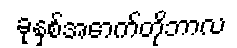
ခုနှစ်အောက်တိုဘာလ